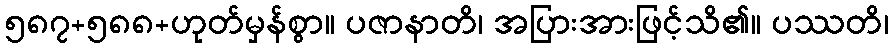
၅၈၇+၅၈၈+ဟုတ်မှန်စွာ။ ပဇာနာတိ၊ အပြားအားဖြင့်သိ၏။ ပဿတိ၊